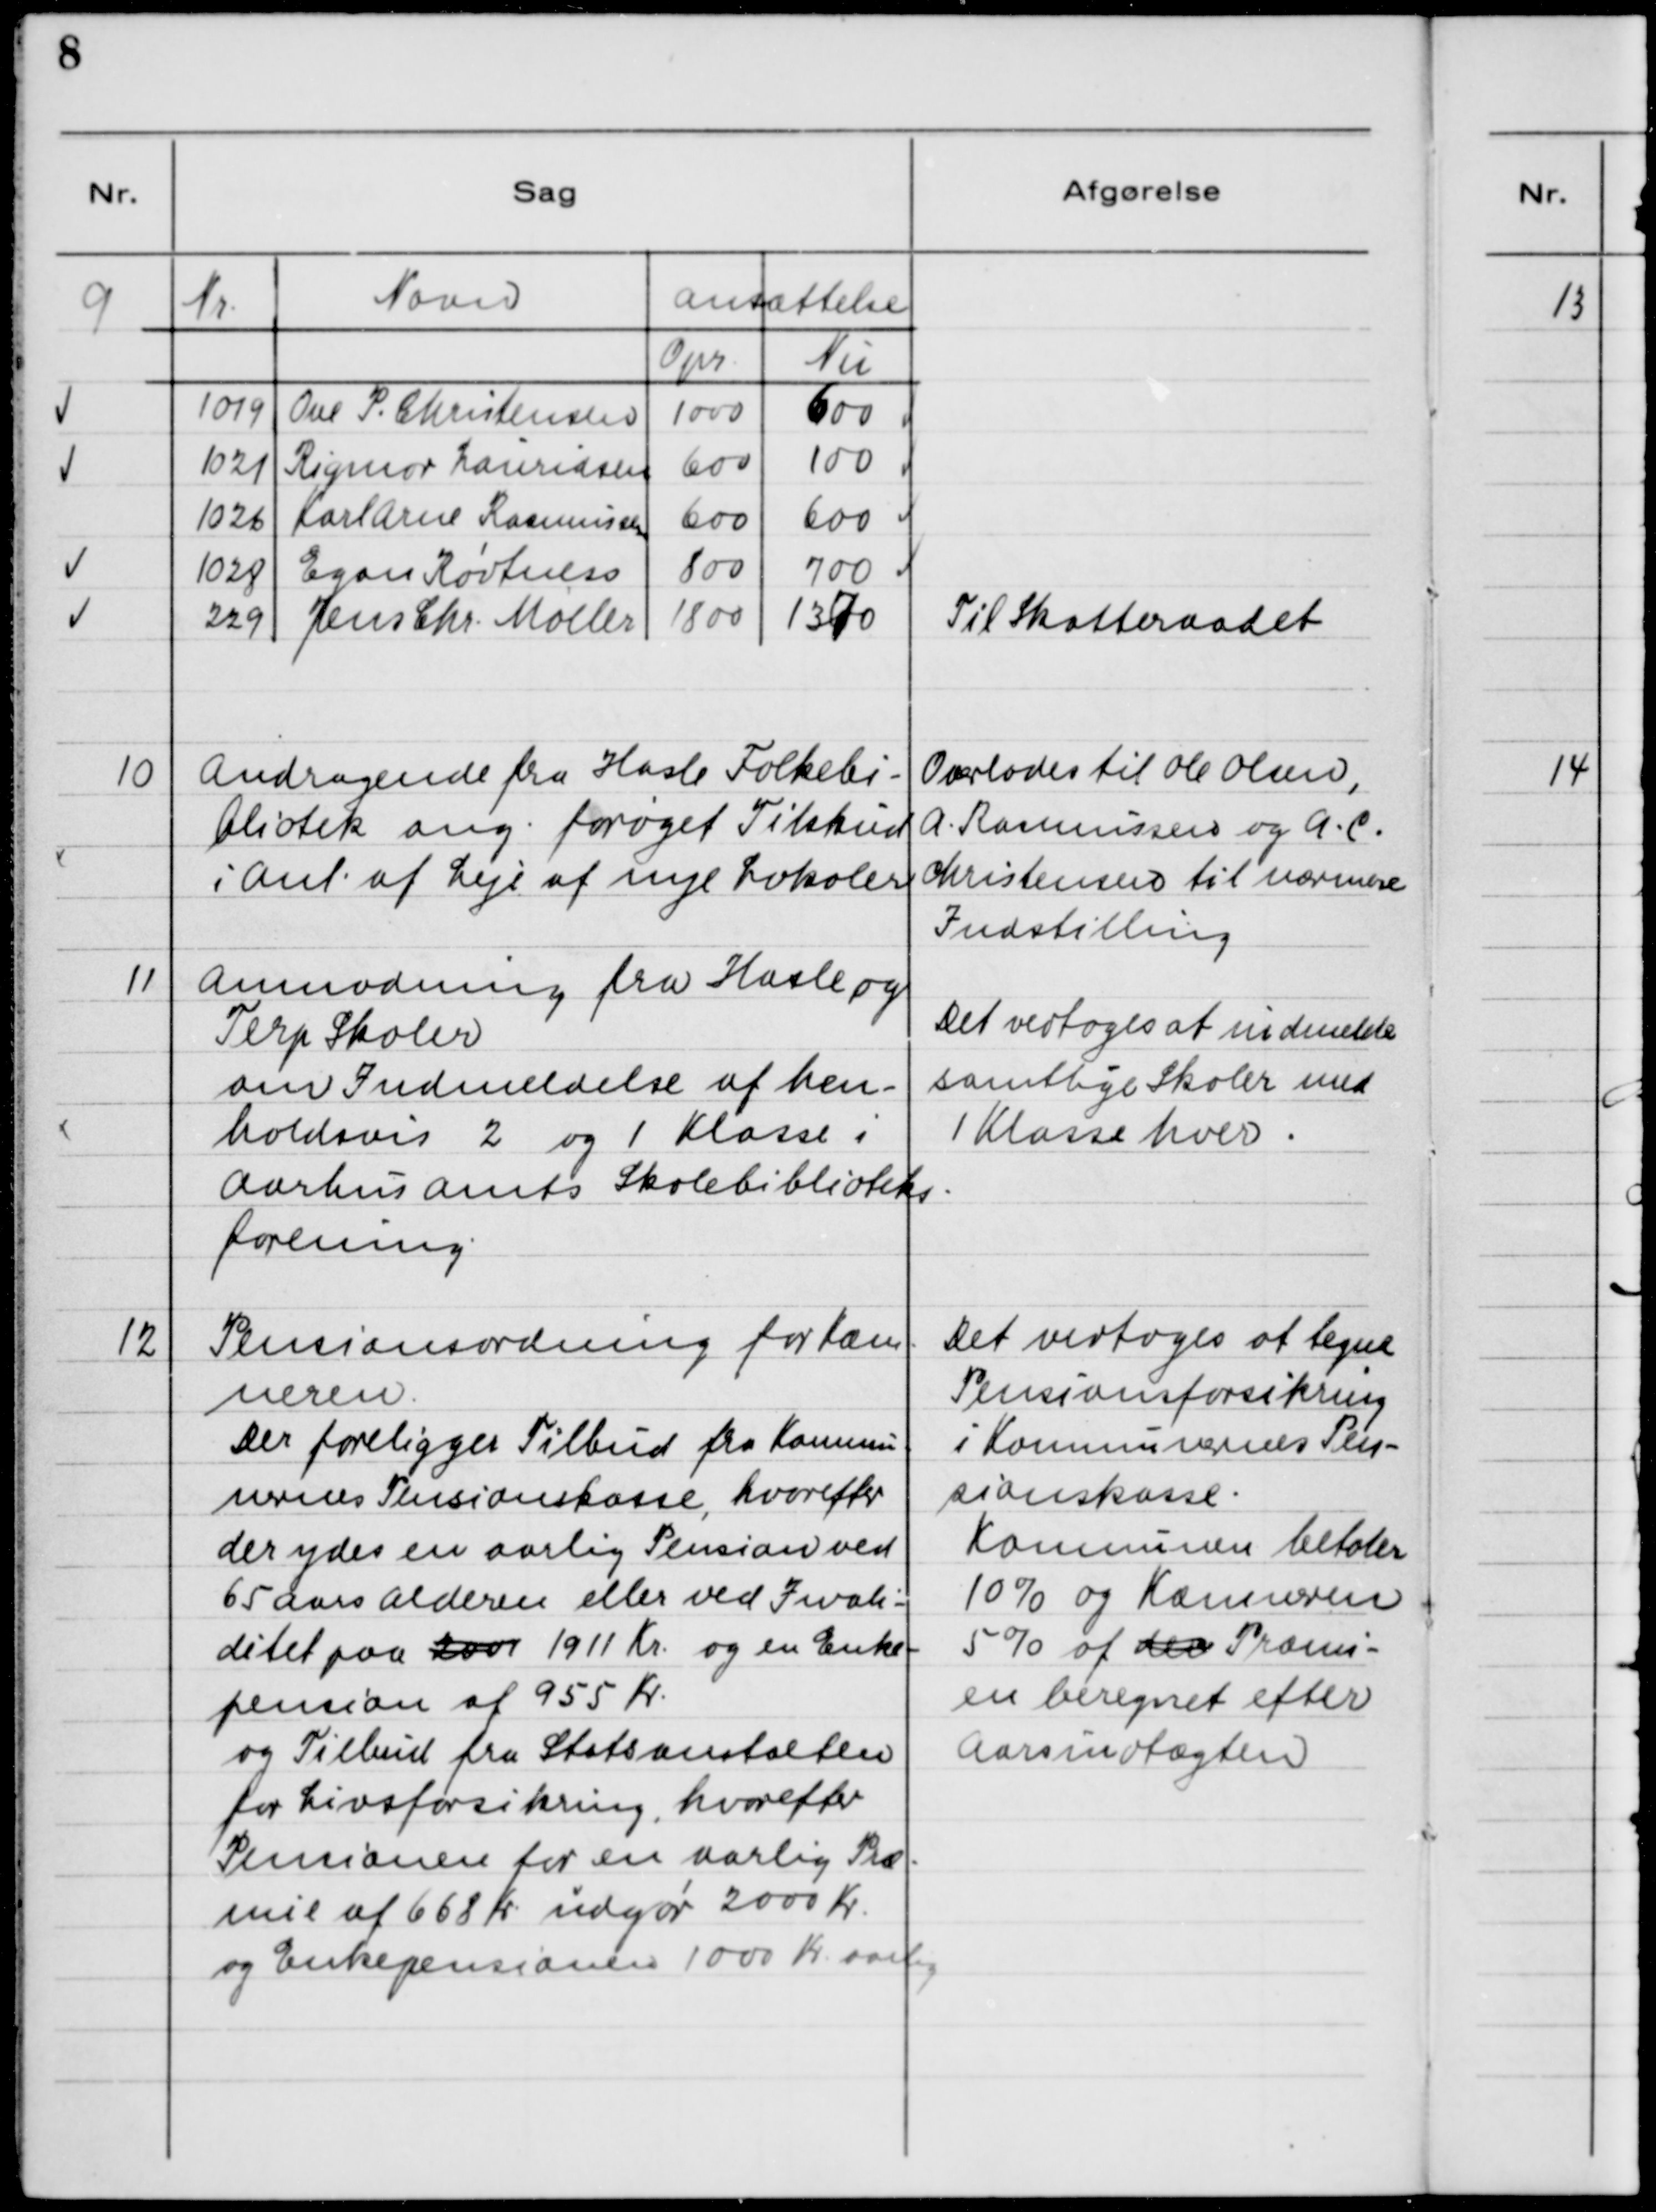
Transskription:
9

10

Andragende fra Hasle Folkebi-
bliotek ang. forøget Tilskud
i Anl. af Leje af nye Lokaler.

Overlades til Ole Olsen,
A. Rasmussen og A. C.
Christensen til nærmere
Indstilling

11

Anmodning fra Hasle og
Terp Skoler
om Indmeldelse af hen-
holdsvis 2. og 1. Klasse i
Aarhus Amts Skolebiblioteks-
forening.

Det vedtoges at indmelde
samtlige Skoler med
1 Klasse hver.

12

Pensionsordning for Kæm-
neren.
Der foreligger Tilbud fra Kommu-
nernes Pensionskasse, hvorefter
der ydes en aarlig Pension ved
65 Aars Alderen eller ved Invali-
ditet paa 2000 1911 Kr. og en Enke-
pension af 955 Kr.
og Tilskud fra Statsanstalten
for Livsforsikring, hvorefter
Pensionen for en Aarlig Præ-
mie af 668 Kr. udgør 2000 Kr.
og Enkepensionen 1000 Kr. aarl.

Det vedtoges at tegne
Pensionsforsikring
i Kommunernes Pen-
sionskasse.
Kommunen betaler
10% og Kæmneren
5% af den Præmi-
en beregnet efter
Aarsumvedtægten.